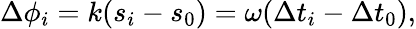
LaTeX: \begin{array}{r}{\Delta\phi_{i}=k(s_{i}-s_{0})=\omega(\Delta t_{i}-\Delta t_{0}),}\end{array}